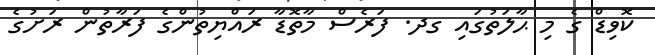
ކޮވިޑް ގެ މި ޙާލަތުގައި ގދ. ފަރެސް މާތޮޑާ ރައްޔިތުންގެ ފަރާތުން ރަށުގެ